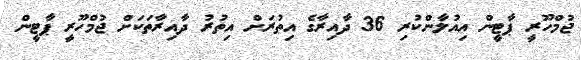
ޖުމްހޫރީ ޕާޓީން އިއުލާންކުރި 36 ދާއިރާގެ އިތުރަށް އިތުރު ދާއިރާތަކަށް ޖުމްހޫރީ ޕާޓީން